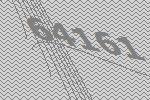
64161